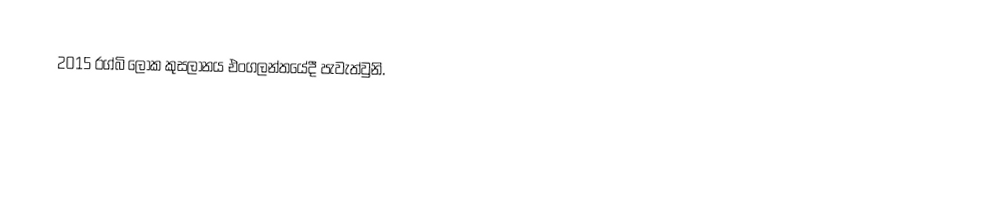
2015 රග්බි ලෝක කුසලානය එංගලන්තයේදී පැවැත්වුනි.